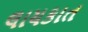
લાયકાત